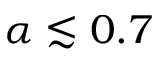
\alpha \lesssim 0 . 7